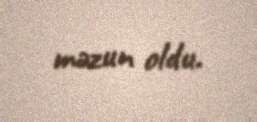
məzun oldu.